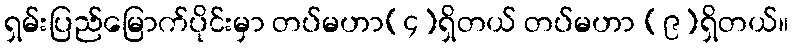
ရှမ်းပြည်မြောက်ပိုင်းမှာ တပ်မဟာ(၄)ရှိတယ် တပ်မဟာ (၉)ရှိတယ်။